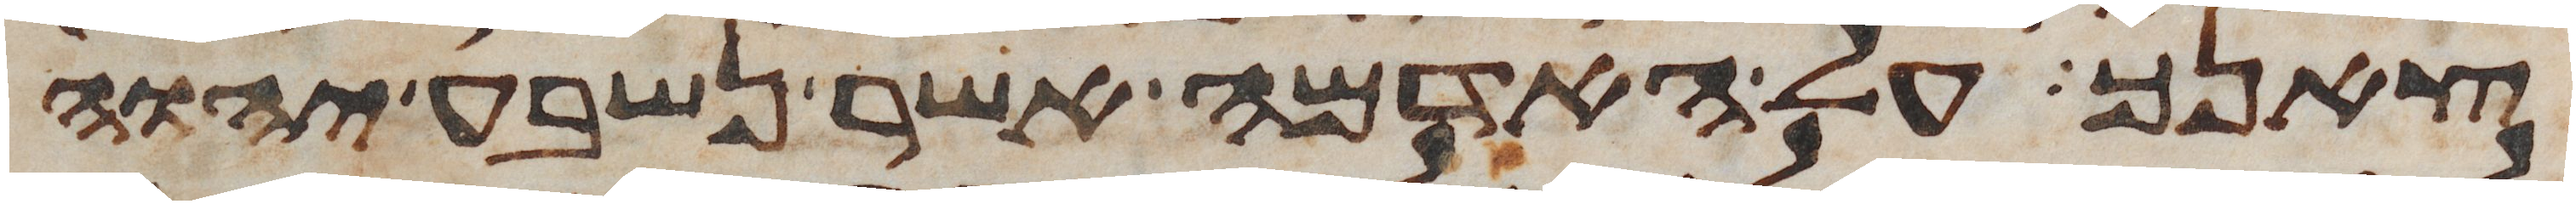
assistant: צאנך על האדמה אשר נשבע יהוה